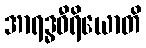
အာရဒ္ဓဝီရိယောတိ